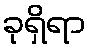
ခုရှိရာ